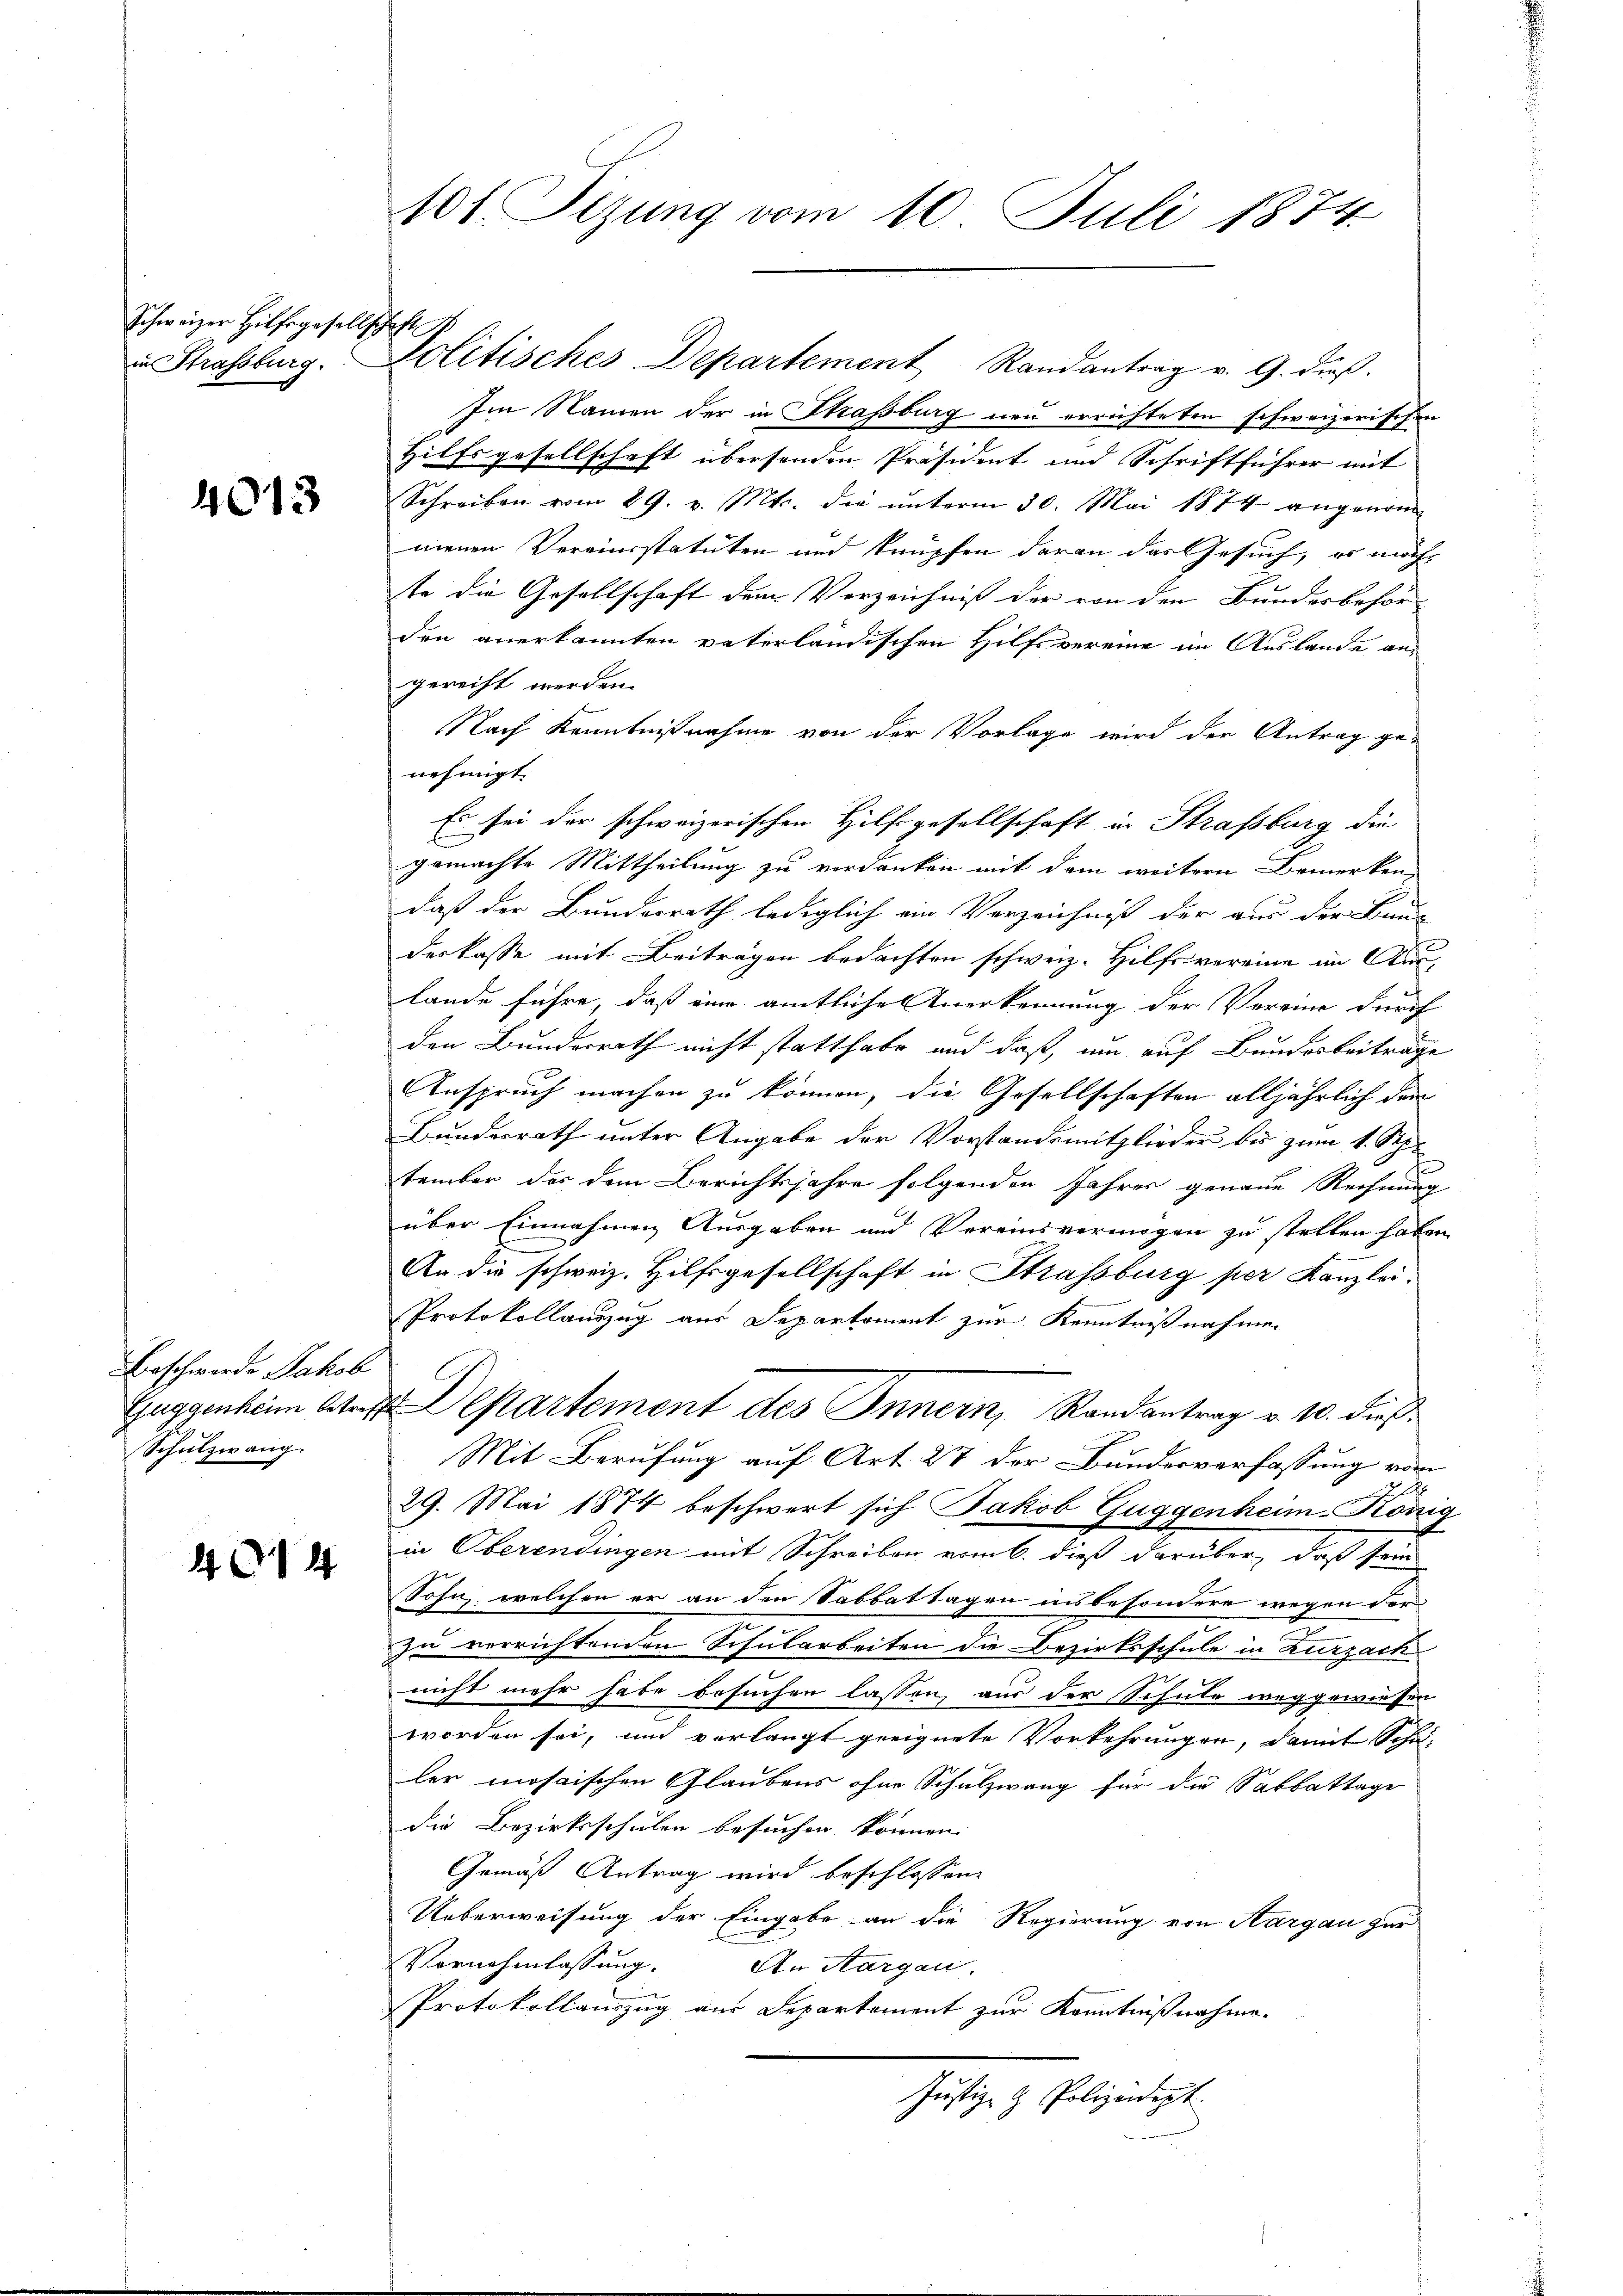
Schweizer Hilfsgesellschaft

4013

Beschwerde Jakob
Schulzwang.

4014

in Strassburg. Politisches Departement Randantrag v. G. dieβ.
Im Namen der in Strassburg neu errichteten schweizerischen
Hilfsgesellschaft übersenden Präsident und Schriftführer mit
Schreiben vom 29. v. Mts. die ŭnterm 30. Mai 1874 angenom-
menen Vereinsstatuten und knüpfen daran das Gesuch, es möcht
te die Gesellschaft dem Verzeichniß der von den Bundesbehörden anerkannten vaterländischen Hilfsvereine im Auslande an
gerecht werden.
Nach Kenntnißnahme von der Vorlage wird der Antrag ge-
nehmigt.
Es sei der schweizerischen Hilfsgesellschaft in Straßburg die
gemachte Mittheilung zu verdanken mit dem weitern Bemerken-
daß der Bundesrath lediglich ein Verzeichniß der aus der Bau-
derkasse mit Beiträgen bedachten schweiz. Hilfsvereine im Auslande führe, daß eine amtliche Anerkennung der Vereine durch
den Bunderrath nicht statthabe und daß, um auf Bundesbeiträge
Anspruch machen zu können, die Gesellschaften alljährlich dem
Bundesrath unter Angabe der Vorstandsmitglieder bis zum 1. Sep.
tember der dem Berichtsjahre folgenden Jahres genaue Rechnung
über Einnahmen Ausgaben und Vereinsvermögen zu stellen habe
An die schweiz. Hilfsgesellschaft in Strassburg per Kanzlei.
Protokollauszug aus Departement zur Kenntnißnahmen
Guggenheim Stoff Martement des Innern, Randantrag v. 10. dieß¬
Mit Berufung auf Art. 27 der Bundesverfassung vor
29. Mai 1874 beschwert sich Jakob Guggenheim. Kön
in Oberendingen mit Schreiben vom 6. dieß darüber, daß seine
Sohn, welchen er an den Sabbattagen insbesondere wegen der
zu verrichtenden Schularbeiten die Bezirksschule in Zurzack
nicht mehr habe besuchen lassen, aus der Schule weggewiesen
worden sei, und verlangt geeignete Vorkehrungen, damit Schul-
ler mosaischen Glaubens ohne Schulzwang für die Sabbattage
die Bezirksschulen besuchen können.
Gemäß Antrag wird beschlossen:
Ueberweisung der Eingabe an die Regierung von Aargau zur
Vornehmlassung. An Aargau,
Protokollauszug aus Separtement zur Kenntnißnahme.
Justiz- & Polizeidept.

101 Sizung vom 10. Juli 1874.